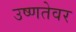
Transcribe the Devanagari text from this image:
उष्णतेवर